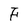
Character: F